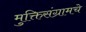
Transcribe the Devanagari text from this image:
मुक्तिसंग्रामचे